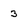
Character: 3